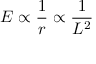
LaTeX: E \propto { \frac { 1 } { r } } \propto { \frac { 1 } { L ^ { 2 } } }